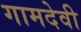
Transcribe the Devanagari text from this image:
गामदेवी